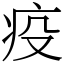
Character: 疫